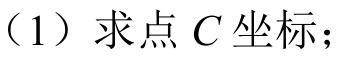
（1）求点$C$坐标；